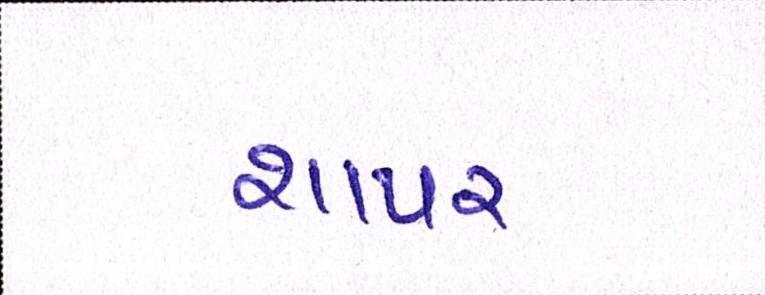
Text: શાપર